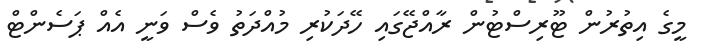
މީގެ އިތުރުން ޓޫރިސްޓުން ރާއްޖޭގައި ހޭދަކުރި މުއްދަތު ވެސް ވަނީ އެއް ޕަސެންޓް